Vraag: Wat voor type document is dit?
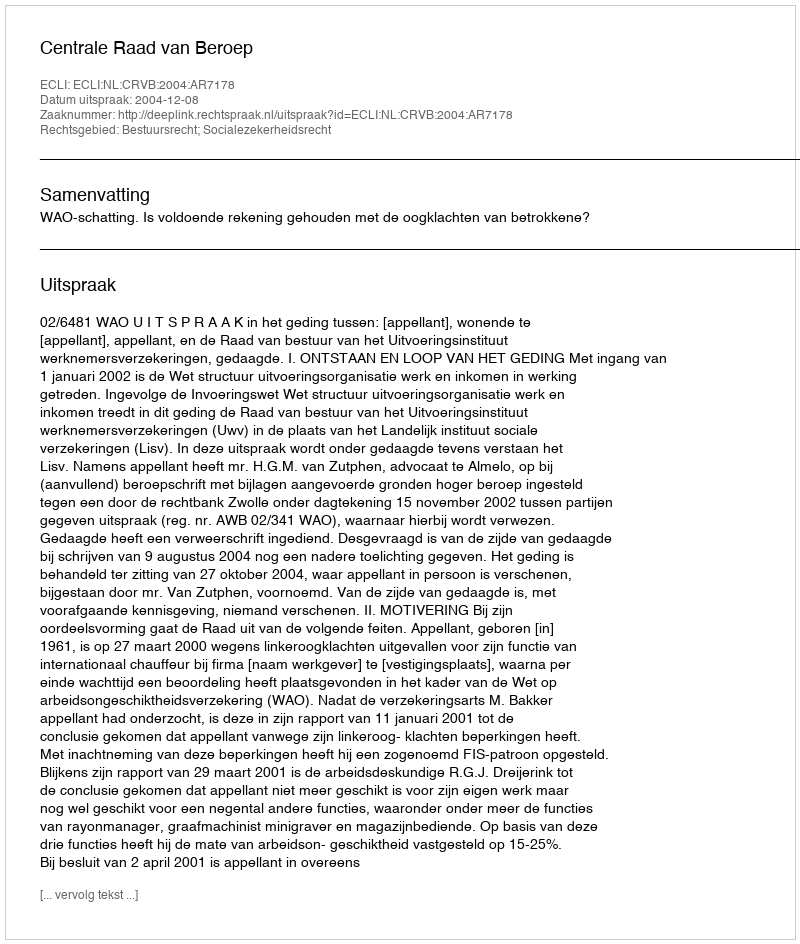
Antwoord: Uitspraak